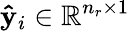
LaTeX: \mathbf{\hat{y}}_{i}\in\mathbb{R}^{n_{r}\times 1}